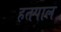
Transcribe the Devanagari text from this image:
हतपाल